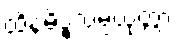
ထိနမိဒ္ဓသမ္ပယုတ္တာ